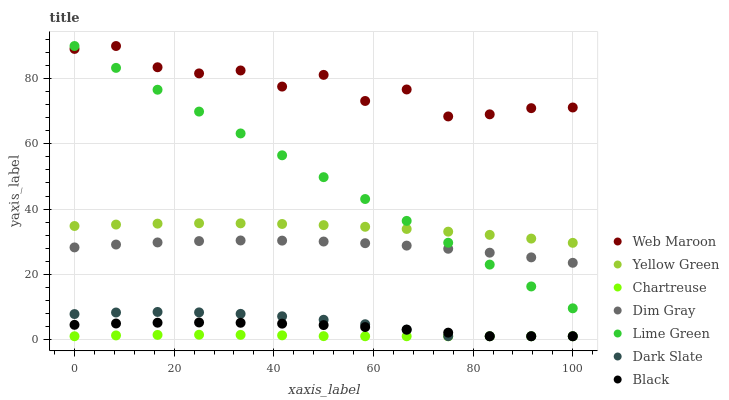
| xaxis_label | Web Maroon | Yellow Green | Chartreuse | Dim Gray | Lime Green | Dark Slate | Black |
 | --- | --- | --- | --- | --- | --- | --- | --- |
 | 0 | 89.1 | 34.8 | 1 | 28.2 | 90 | 7.81 | 4.5 |
 | 8.33 | 90 | 35.2 | 1.26 | 29.1 | 83.3 | 8.29 | 4.91 |
 | 16.7 | 83.5 | 35.5 | 1.41 | 29.8 | 76.6 | 8.45 | 5.15 |
 | 25 | 81.6 | 35.7 | 1.46 | 30.2 | 69.9 | 8.32 | 5.23 |
 | 33.3 | 82.5 | 35.6 | 1.42 | 30.4 | 63.2 | 7.87 | 5.13 |
 | 41.7 | 77.6 | 35.4 | 1.28 | 30.3 | 56.5 | 7.12 | 4.86 |
 | 50 | 81.2 | 35.1 | 1.04 | 30 | 49.8 | 6.06 | 4.43 |
 | 58.3 | 73.1 | 34.6 | 1 | 29.5 | 43.1 | 4.69 | 3.82 |
 | 66.7 | 76.7 | 33.9 | 1 | 28.8 | 36.4 | 3.01 | 3.05 |
 | 75 | 68.4 | 33.1 | 1 | 27.8 | 29.7 | 1.03 | 2.1 |
 | 83.3 | 69.1 | 32.1 | 1 | 26.6 | 23 | 1 | 1 |
 | 91.7 | 70.9 | 30.9 | 1 | 25.2 | 16.3 | 1 | 1 |
 | 100 | 71.2 | 29.6 | 1 | 23.5 | 9.57 | 1 | 1 |